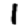
Digit: 1